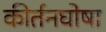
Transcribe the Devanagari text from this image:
कीर्तनघोषा